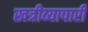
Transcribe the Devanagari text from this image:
खत्रीव्यापारी